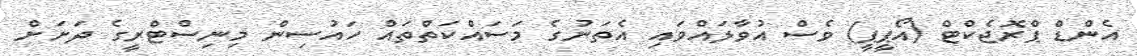
އެންޑް ޕްރޮޖެކްޓް (އޯޕީޕީ) ވެސް އުވާލައްވައި އެތަނުގެ މަސައްކަތްތައް ހައުސިން މިނިސްޓްރީގެ ދަށަށް